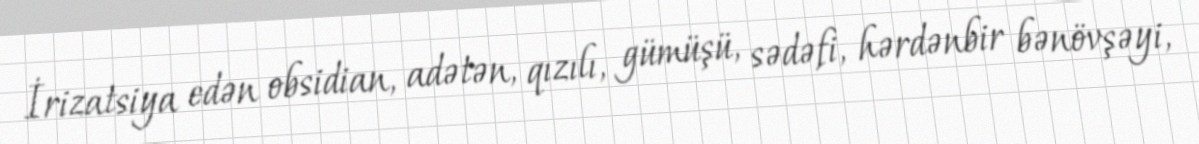
İrizatsiya edən obsidian, adətən, qızılı, gümüşü, sədəfi, hərdənbir bənövşəyi,